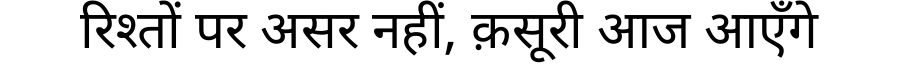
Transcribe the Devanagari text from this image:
रिश्तों पर असर नहीं, क़सूरी आज आएँगे